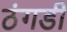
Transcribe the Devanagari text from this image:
ठंगडी